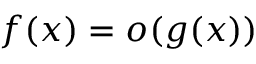
f ( x ) = o ( g ( x ) )